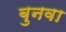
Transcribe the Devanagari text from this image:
बुनवा